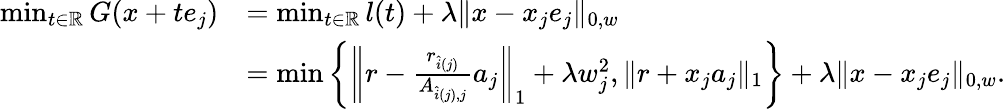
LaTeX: \begin{array}{rl}{\operatorname*{min}_{t\in\mathbb{R}}G(x+te_{j})}&{=\operatorname*{min}_{t\in\mathbb{R}}l(t)+\lambda\| x-x_{j}e_{j}\| _{0,w}}\\ &{=\operatorname*{min}\left\{ \left\| r-\frac{r_{\hat{i}(j)}}{A_{\hat{i}(j),j}}a_{j}\right\| _{1}+\lambda w_{j}^{2},\| r+x_{j}a_{j}\| _{1}\right\} +\lambda\| x-x_{j}e_{j}\| _{0,w}.}\end{array}